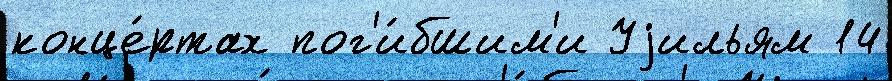
конце́ртах пог'и́бшим'и Уjильям 14